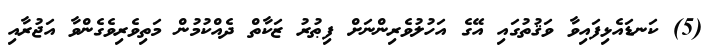
(5) ކަނޑައެޅިފައިވާ ވަޤުތުގައި އޭގެ އަހުލުވެރިންނަށް ފިޠުރު ޒަކާތް ދެއްކުމުން މަތިވެރިވެގެންވާ އަޖުރާއި